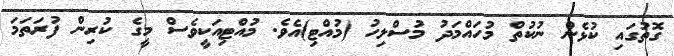
ގޮތުގައި ކުޅެން ނުކުތް މުހައްމަދު މުސްލިހު (މުއްޓި)އެވެ. މުއްޓިއަކީވެސް މީގެ ކުރިން ފުރަތަމަ